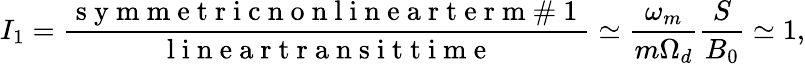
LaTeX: I_{1}=\frac{\mathrm{~s~y~m~m~e~t~r~i~c~n~o~n~l~i~n~e~a~r~t~e~r~m~\# ~1~}}{\mathrm{~l~i~n~e~a~r~t~r~a~n~s~i~t~t~i~m~e~}}\simeq\frac{\omega_{m}}{m\Omega_{d}}\frac{S}{B_{0}}\simeq 1,